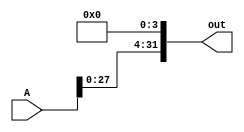
module sll4(out, A);
    input [31:0] A;
    output [31:0] out; 

    assign out[31:4] = A[27:0];
    assign out[3:0] = 0;

endmodule